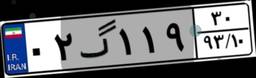
۰۲گ۱۱۹۳۰